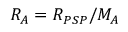
R _ { A } = R _ { P S P } / M _ { A }